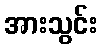
အားသွင်း